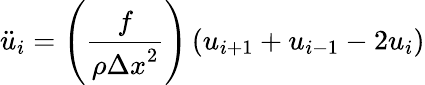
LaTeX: {\ddot{u}}_{i}=\left({\frac{f}{\rho{\Delta x}^{2}}}\right)\left(u_{i+1}+u_{i-1}-2u_{i}\right)